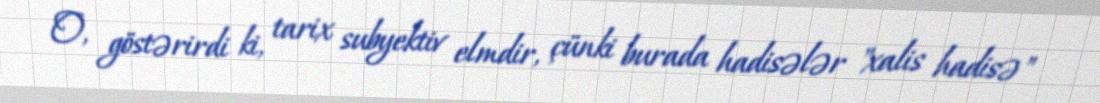
O, göstərirdi ki, tarix subyektiv elmdir, çünki burada hadisələr "xalis hadisə"